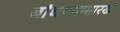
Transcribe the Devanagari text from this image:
बांधण्यासारखे